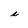
Character: i